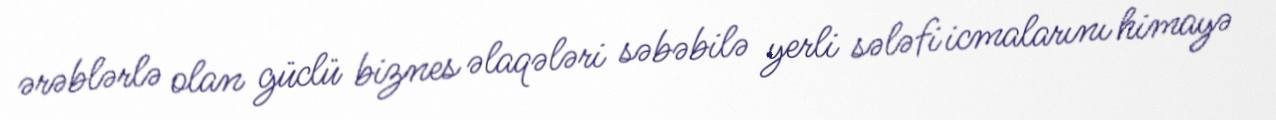
ərəblərlə olan güclü biznes əlaqələri səbəbilə yerli sələfi icmalarını himayə